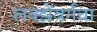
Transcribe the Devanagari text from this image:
लक्झेंबर्गचा